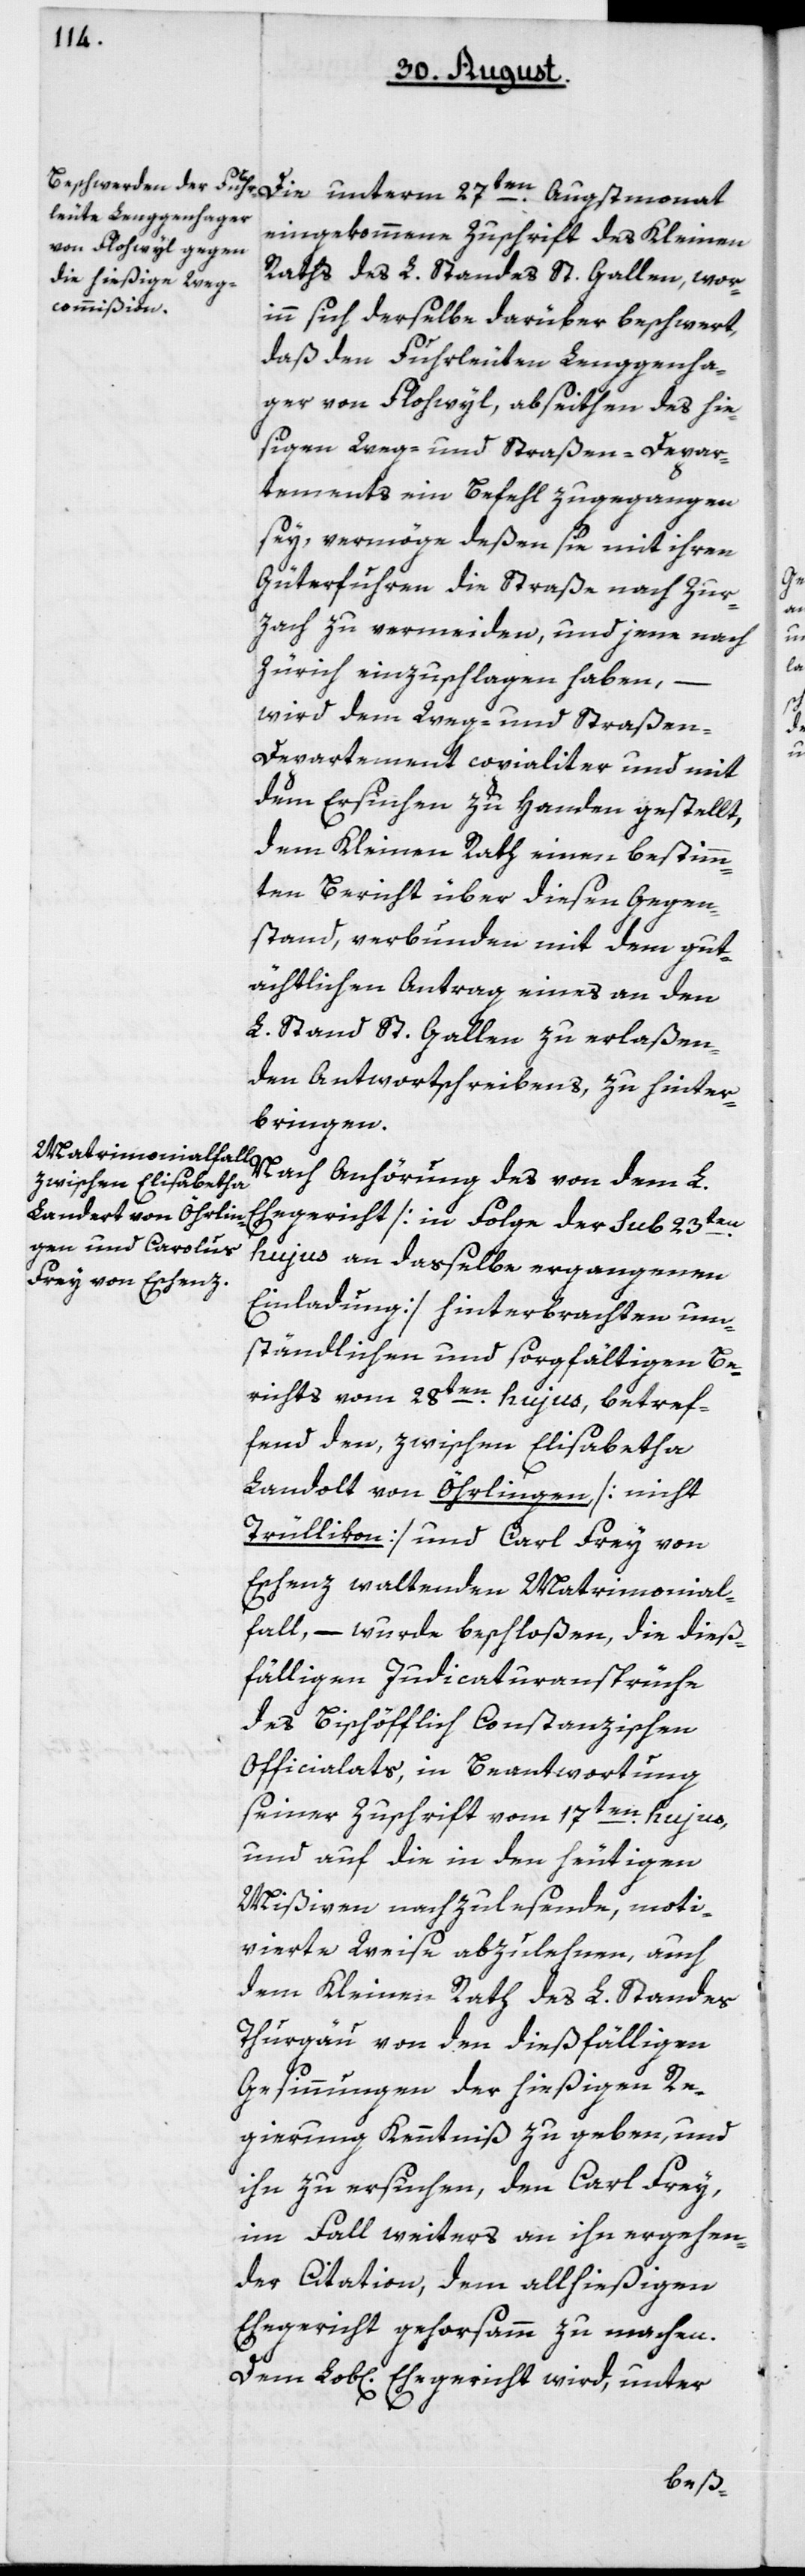
Die unterm 27ten Augstmonat
eingekommene Zuschrift des Kleinen
Raths des L. Standes St. Gallen, wor¬
inn sich derselbe darüber beschwert,
daß den Fuhrleuten Lenggenha¬
ger von Flohwyl, abseithen des hie¬
ßigen Weg- und Straßen-Depar¬
tements, ein Befehl zugegangen
sey, vermöge deßen sie mit ihren
Güterfuhren die Straße nach Zur¬
zach zu vermeiden, und jene nach
Zürich einzuschlagen haben, –
wird dem Weg- und Straße¬
n-Departement copialiter und mit
dem Ersuchen zu Handen gestellt,
dem Kleinen Rath einen bestimm¬
ten Bericht über diesen Gegen¬
stand, verbunden mit dem gut¬
ächtlichen Antrag eines an den
L. Stand St. Gallen zu erlaßen¬
den Antwortschreibens, zu hinter¬
bringen.
Nach Anhörung des von dem L.
Ehegericht [in Folge der sub 23ten
hujus an daßelbe ergangenen
Einladung] hinterbrachten um¬
ständlichen und sorgfältigen Be¬
richts vom 28ten hujus, betref¬
fend den zwischen Elisabetha
Landolt von Öhrlingen [nicht
Trüllikon] und Carl Frey von
Eschenz waltenden Matrimonial¬
fall, – wurde beschloßen, die dieß¬
fälligen Judicaturansprüche
des Bischöflich Constanzischen
Officialats, in Beantwortung
seiner Zuschrift vom 17ten hujus,
und auf die in den heutigen
Mißiven nachzulesende, moti¬
vierte Weise abzulehnen, auch
dem Kleinen Rath des L. Standes
Thurgau von den dießfälligen
Gesinnungen der hießigen Re¬
gierung Kenntniß zu geben, und
ihn zu ersuchen, den Carl Frey,
im Fall weiters an ihn ergehen¬
der Citation, dem allhießigen
Ehegericht gehorsamm zu machen.
Dem Lobl[ichen] Ehegericht wird, unter